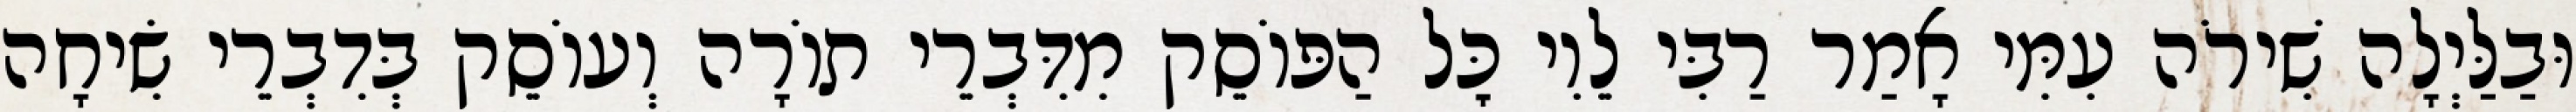
וּבַלַּיְלָה שִׁירֹה עִמִּי אָמַר רַבִּי לֵוִי כׇּל הַפּוֹסֵק מִדִּבְרֵי תוֹרָה וְעוֹסֵק בְּדִבְרֵי שִׂיחָה